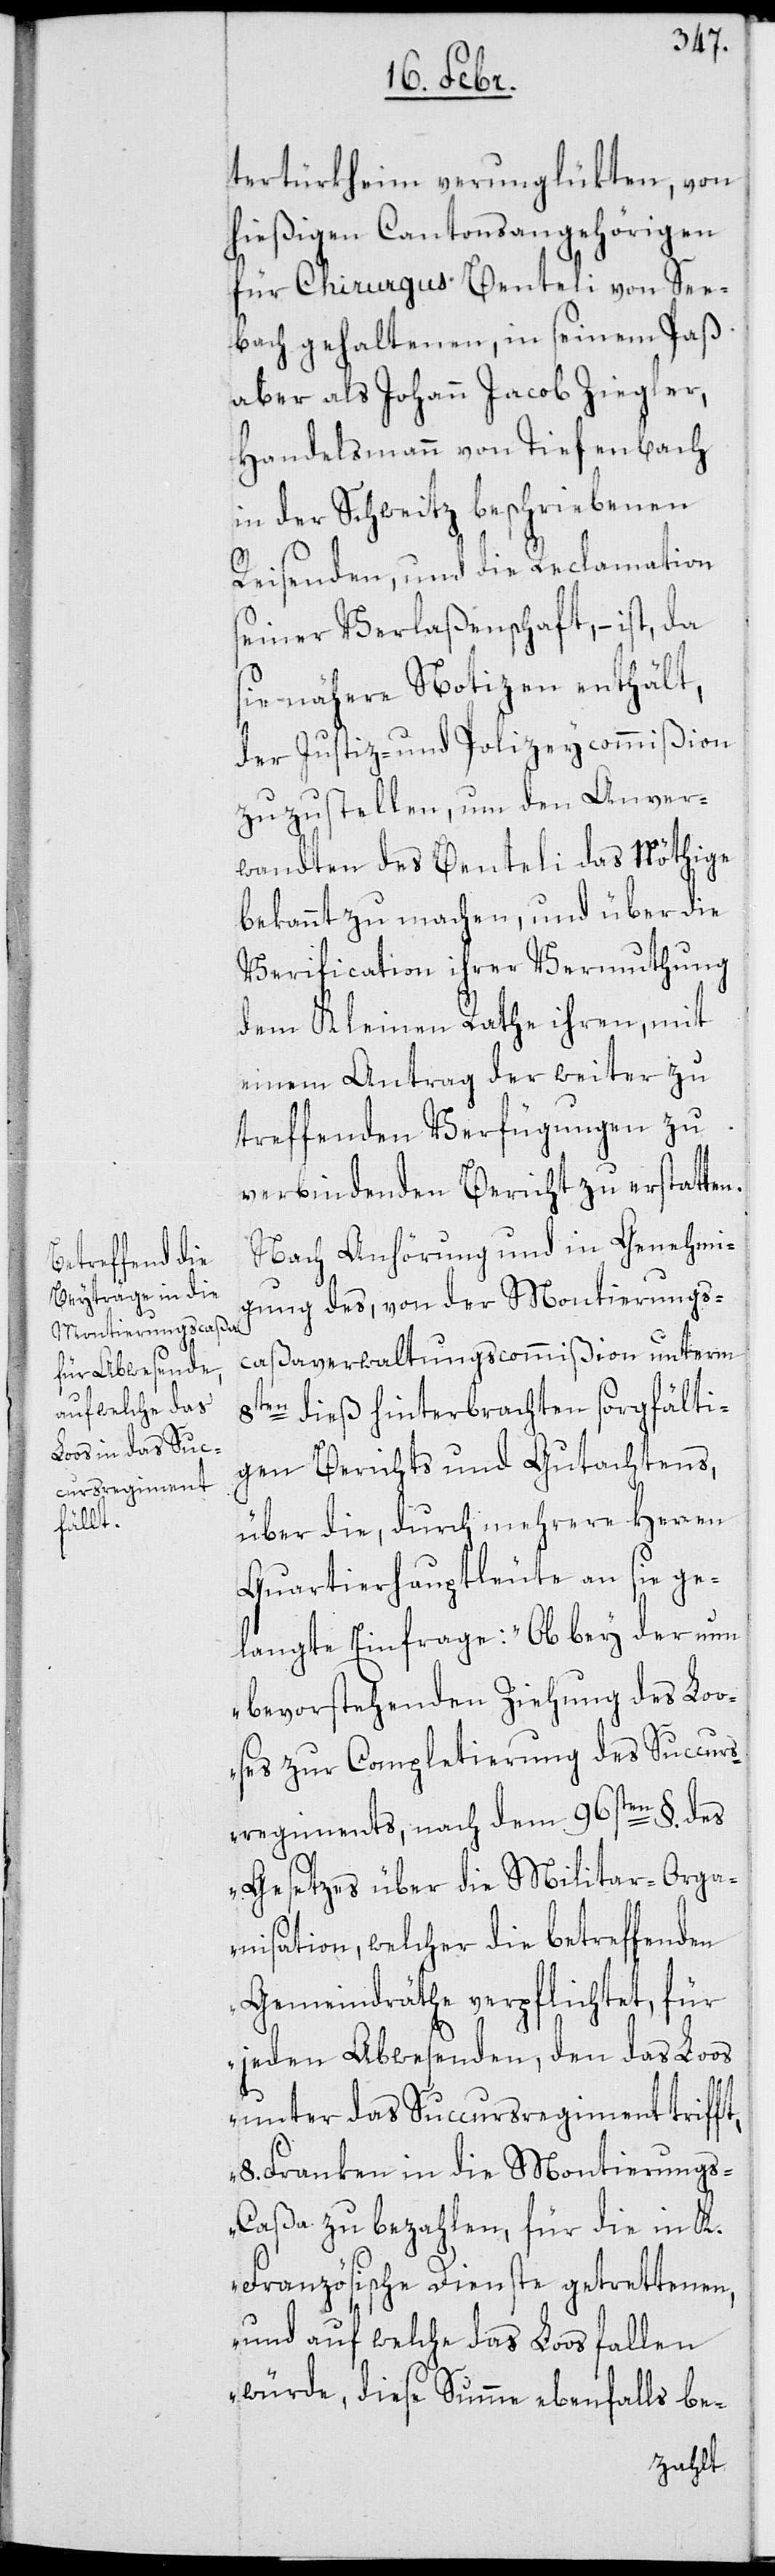
tertürkheim verunglükten, von
hießigen Cantonsangehörigen
für Chirurgus Benteli von See¬
bach gehaltenen, in seinem Paß
aber als Johann Jacob Ziegler,
Handelsmann von Tiefenbach
in der Schweitz beschriebenen
Reisenden, und die Reclamation
seiner Verlaßenschaft, – –
sie nähere Notizen enthält,
der Justiz- und Polizeycommißion
zuzustellen, um den Anver¬
wandten des Benteli das Nöthige
bekannt zu machen, und über die
Verification ihrer Vermuthung
dem Kleinen Rathe ihren, mit
einem Antrag der weiter zu
treffenden Verfügungen zu
verbindenden Bericht zu erstatten.
Nach Anhörung und in Genehmi¬
gung des, von der Montierungs¬
caßaverwaltungscommißion unterm
8ten dieß hinterbrachten sorgfälti¬
gen Berichts und Gutachtens,
über die, durch mehrere Herren
Quartierhauptleute an sie ge¬
langte Einfrage: „Ob bey der nun
bevorstehenden Ziehung des Lo¬
oses zur Completierung des Succurs¬
regiments, nach dem 96sten §. des
Gesetzes über die Militar-Orga¬
nisation, welcher die betreffenden
Gemeindräthe verpflichtet, für
jeden Abwesenden, den das Loos
unter das Succursregiment trifft,
8. Franken in die Montierung¬
s-Caßa zu bezahlen, für die in K.
Französische Dienste getrettenen,
und auf welche das Loos fallen
würde, diese Summe ebenfalls be-